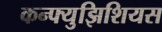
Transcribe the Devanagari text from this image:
कन्फ्युझिशियस